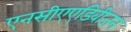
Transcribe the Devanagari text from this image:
एनसीएएडिवीजन